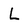
Character: l